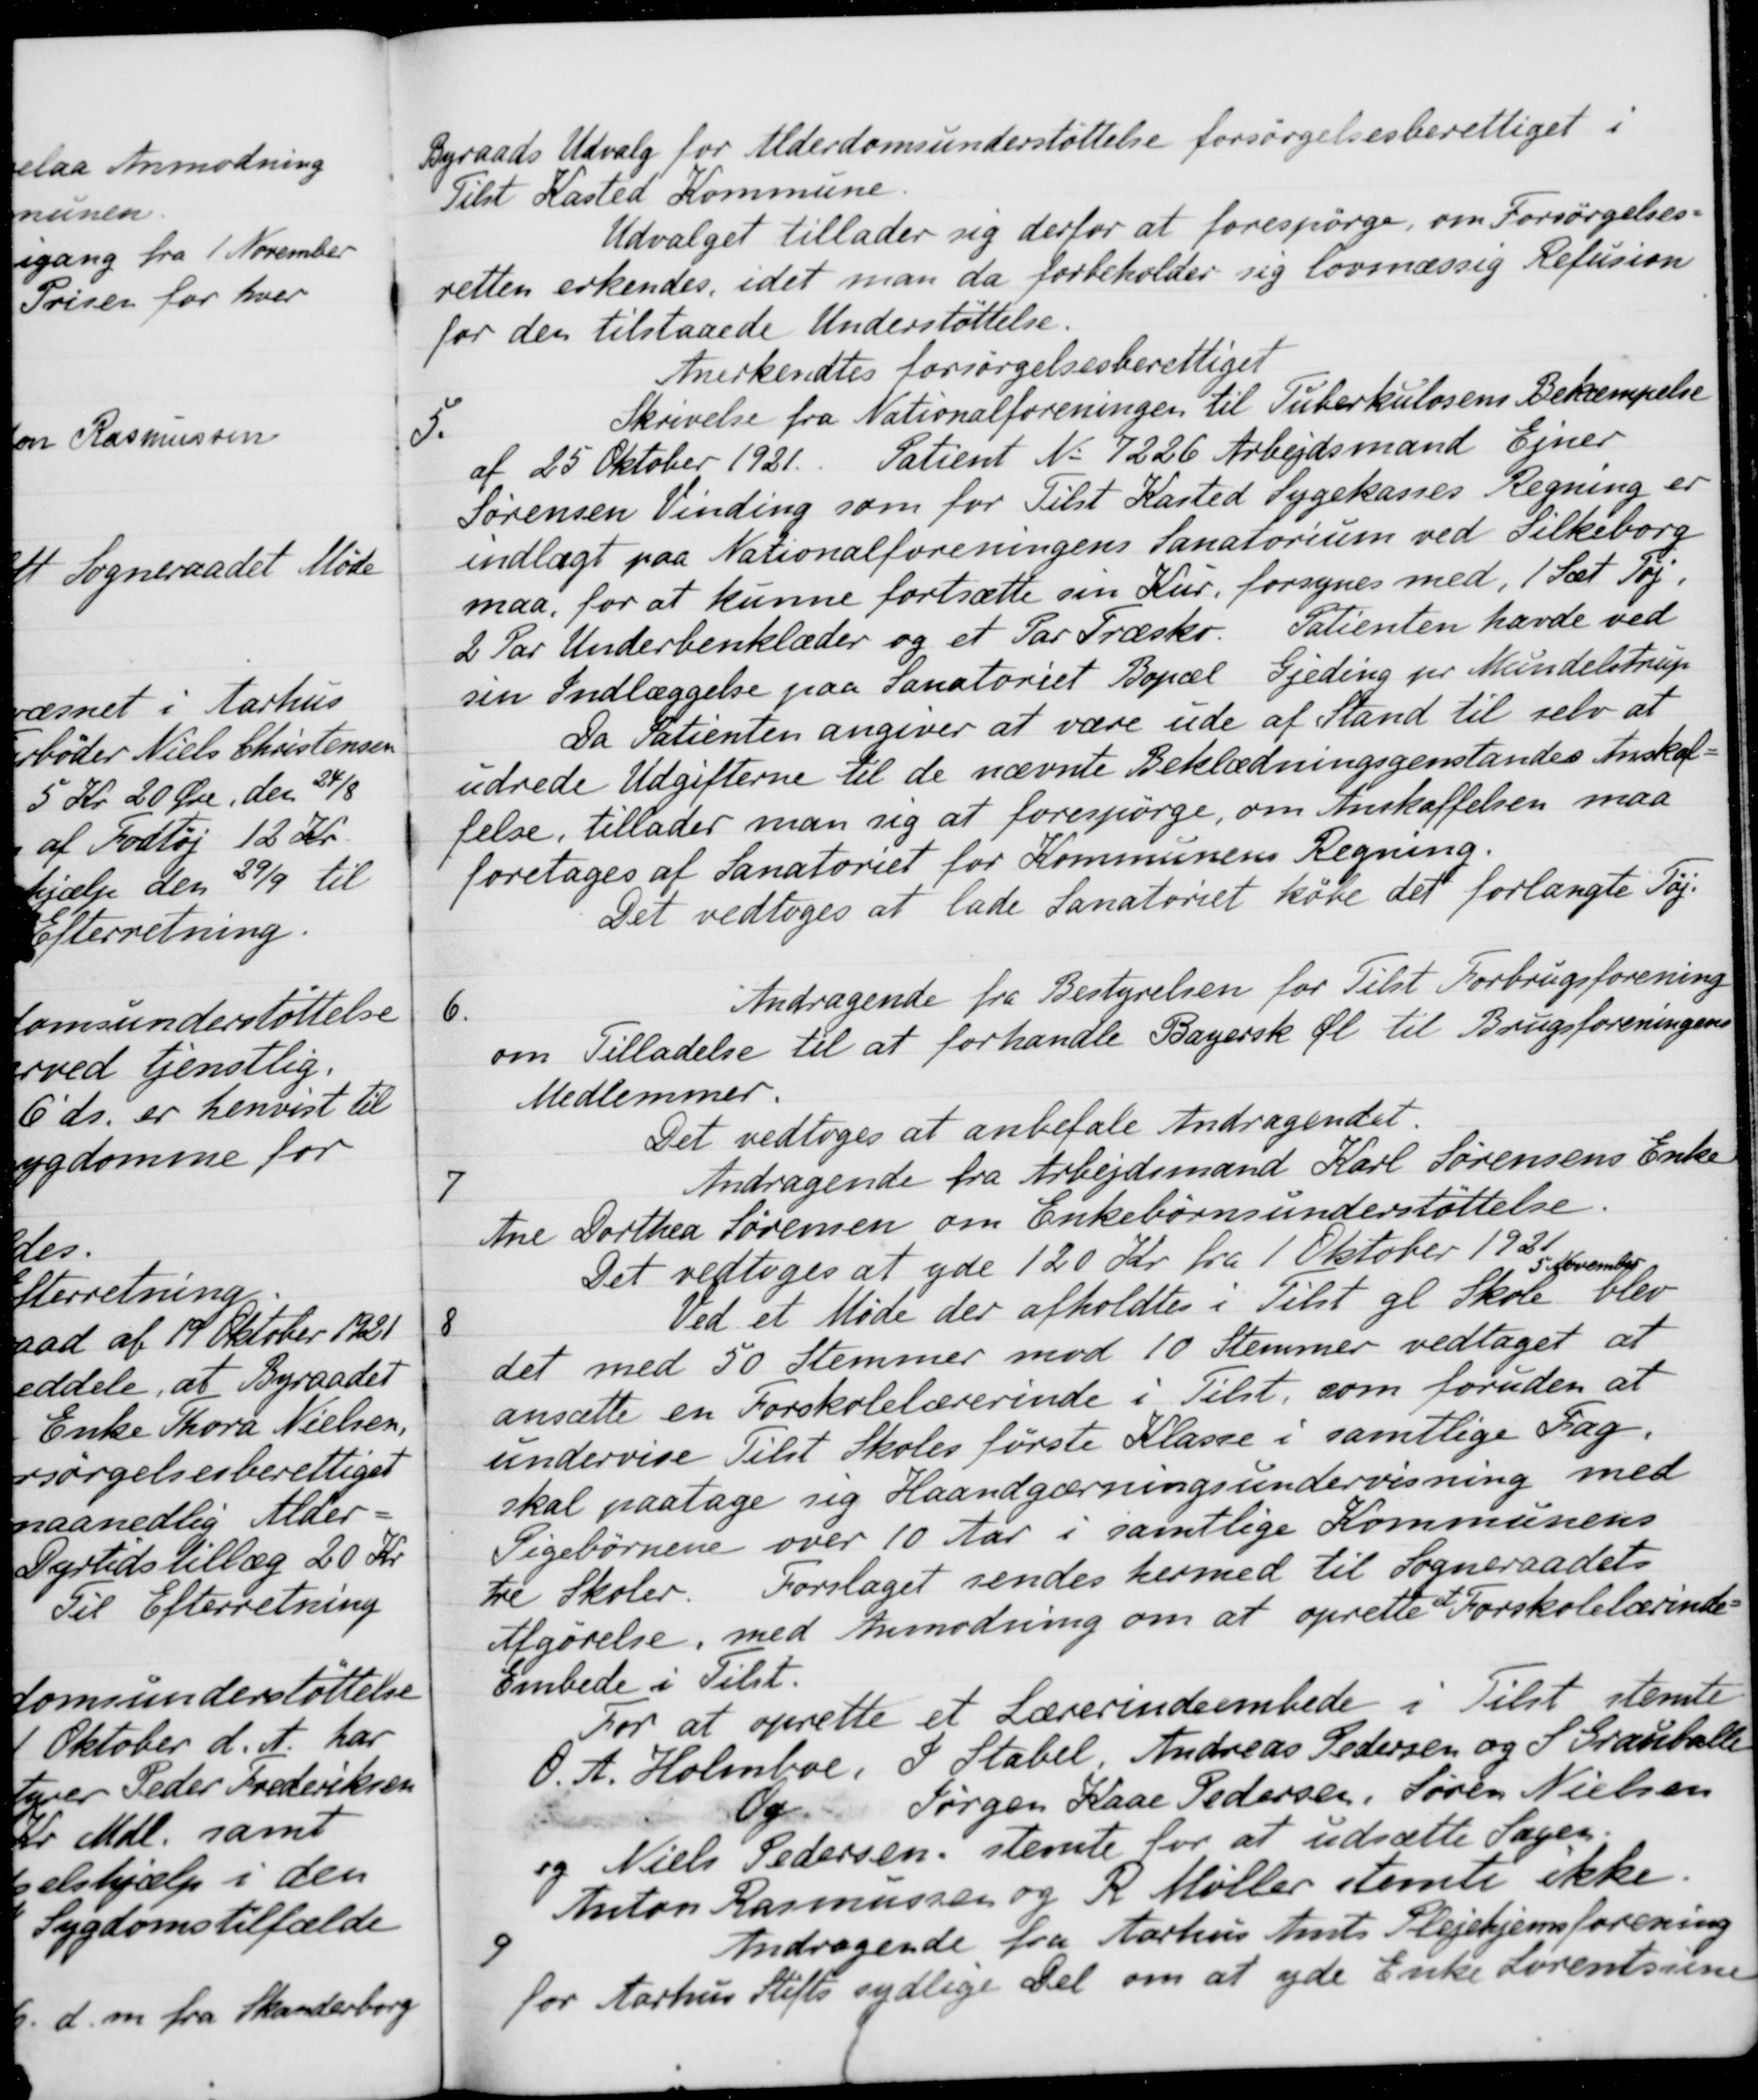
Transskription:
Byraads Udvalg for Alderdomsunderstøttelse forsørgelsesberettiget i
Tilst Kasted Kommune
Udvalget tillader sig derfor at forespørge, om Forsørgelses-
retten erkendes, idet man da forbeholder sig lovmæssig Refusion
for den tilstaaede Understøttelse.
Anerkendtes forsørgelsesberettiget
5.
Skrivelse fra Nationalforeningen til Tuberkulosens Bekæmpelse
af 25 Oktober 1921. Patient No 7226 Arbejdsmand Ejner
Sørensen Vinding som for Tilst Kasted Sygekasses Regning er
indlagt paa Nationalforeningens Sanatorium ved Silkeborg
maa, for at kunne fortsætte sin Kur, forsynes med, 1 Sæt Tøj.
2 Par Underbenklæder og et Par Træsko. Patienten havde ved
sin Indlæggelse paa Sanatoriet Bopæl Gjeding pr. Mundelstrup
Da Patienten angiver at være ude af Stand til selv at
udrede Udgifterne til de nævnte Beklædningsgenstandes Anskaf-
felse, tillader man sig at forespørge, om Anskaffelsen maa
foretages af Sanatoriet for Kommunens Regning.
Det vedtoges at lade Sanatoriet købe det forlangte Tøj.
6.
Andragende fra Bestyrelsen for Tilst Forbrugsforening
om Tilladelse til at forhandle Bayersk Øl til Brugsforeningens
Medlemmer.
Det vedtoges at anbefale Andragendet.
7
Andragende fra Arbejdsmand Karl Sørensens Enke
Ane Dorthea Sørensen om Enkebørnsunderstøttelse.
Det vedtoges at yde 120 Kr. fra 1 Oktober 1935
8
Ved et Møde der afholdtes i Tilst gl Skole 5
November
blev
det med 50 Stemmer mod 10 Stemmer vedtaget at
ansætte en Forskolelærerinde i Tilst, som foruden at
undervise Tilst Skoles første Klasse i samtlige Fag.
skal paatage sig Haandgærningsundervisning med
Pigebørnene over 10 Aar i samtlige Kommunens
tre Skoler. Forslaget sendes hermed til Sogneraadets
Afgørelse, med Anmodning om at oprette Forskolelærinde-
Embede i Tilst.
For at oprette et Lærerindeembede i Tilst stemte
O.A. Holmboe, J Stabel, Andreas Pedersen og S. Grauballe
Og Jørgen Kaae Pedersen, Søren Nielsen
og Niels Pedersen, stemte for at udsætte Sagen.
Anton Rasmussen og R. Møller stemer ikke.
9
Andragende fra Aarhus Amts Plejehjemsforening
for Aarhus Stifts sydlige del om at yde Enke Lorentsine